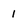
Character: 1